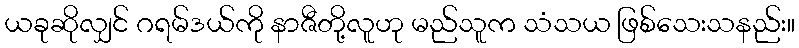
ယခုဆိုလျှင် ဂရမ်ဒယ်ကို နာဇီတို့လူဟု မည်သူက သံသယ ဖြစ်သေးသနည်း။